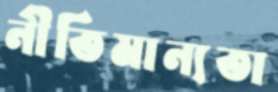
নীতিমান্যতা